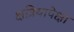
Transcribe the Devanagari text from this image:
क्षत्रियापेक्षा